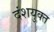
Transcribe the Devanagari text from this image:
दंशयुक्त